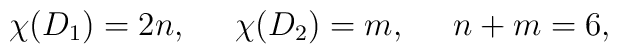
\chi(D_1)=2n,\;\;\;\;\; \chi(D_2)=m,\;\;\;\;\; n+m=6,